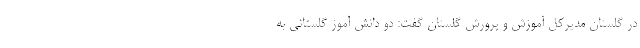
در گلستان مدیرکل آموزش و پرورش گلستان گفت: دو دانش آموز گلستانی به